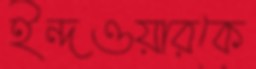
ইন্দওয়ারকে